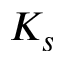
K _ { s }